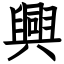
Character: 興